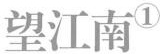
望江南 ^{①}